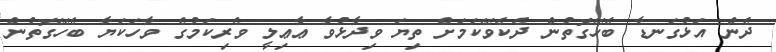
ދެން އަޅުގަނޑާ ބެހޭގޮތުން ދެކެވޭކަމަށް ތިޔަ ވިދާޅުވާ ޢާޢިލީ ވެރިކަމުގެ ވާހަކަޔާ ބެހޭގޮތުން